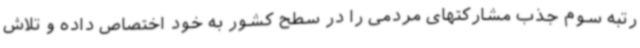
رتبه سوم جذب مشارکتهای مردمی را در سطح کشور به خود اختصاص داده و تلاش